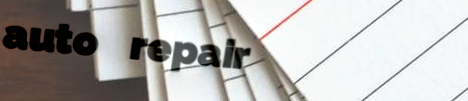
auto repair